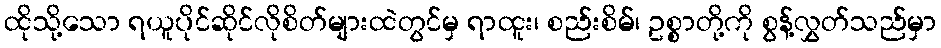
ထိုသို့သော ရယူပိုင်ဆိုင်လိုစိတ်များထဲတွင်မှ ရာထူး၊ စည်းစိမ်၊ ဥစ္စာတို့ကို စွန့်လွှတ်သည်မှာ